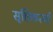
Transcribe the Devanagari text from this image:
सृष्टिकर्त्या